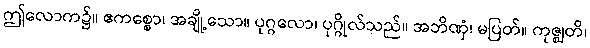
ဤလောက၌။ ဧကစ္စော၊ အချို့သော။ ပုဂ္ဂလော၊ ပုဂ္ဂိုလ်သည်။ အဘိဏှံ၊ မပြတ်။ ကုဇ္ဈတိ၊